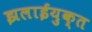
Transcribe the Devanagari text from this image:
झलाईयुक्त